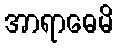
အာရာဓေမိ